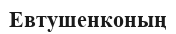
Евтушенконың